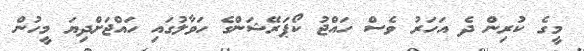
މީގެ ކުރިން ދެ އަހަރު ވެސް ހައްޖު ކޯޕަރޭޝަންގެ ހަވާލުގައި ހައްޖަށްދިޔަ މީހުން